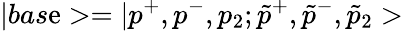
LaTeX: |bas\mathrm{e}>=|p^{+},p^{-},p_{2};\tilde{{p}}^{+},\tilde{{p}}^{-},\tilde{{p}}_{2}>